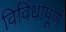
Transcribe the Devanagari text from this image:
विविधापूर्ण